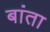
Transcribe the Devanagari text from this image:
बांता